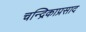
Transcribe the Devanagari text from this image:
चन्द्रिकाप्रसाद